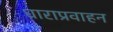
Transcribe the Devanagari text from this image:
धाराप्रवाहन